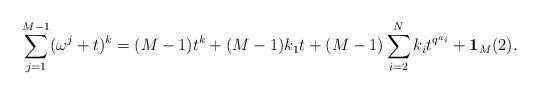
LaTeX: \begin{align*}\sum_{j=1}^{M-1} (\omega^j+t)^k = (M-1)t^k+(M-1)k_1t+(M-1)\sum_{i=2}^N k_i t^{q^{a_i}}+\mathbf{1}_M(2).\end{align*}